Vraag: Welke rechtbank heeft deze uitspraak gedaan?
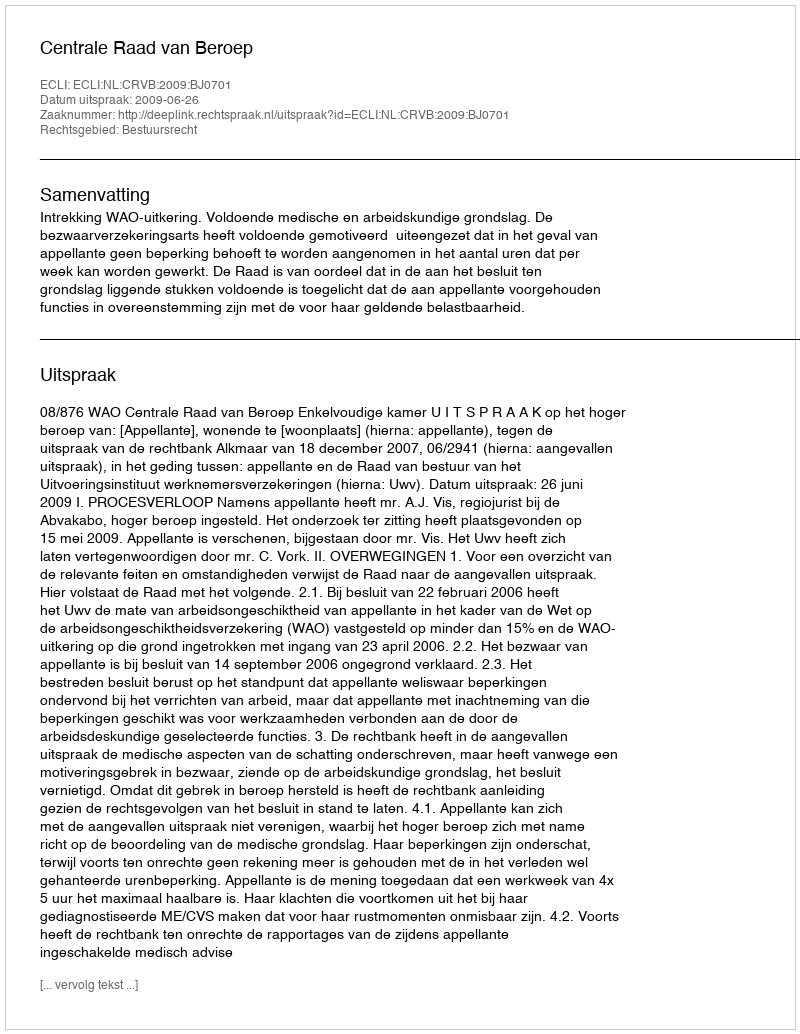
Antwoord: Centrale Raad van Beroep